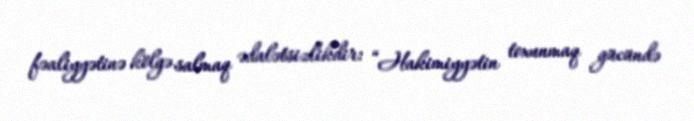
fəaliyyətinə kölgə salmaq ədalətsizlikdir: “Hakimiyyətin toxunmaq gücündə